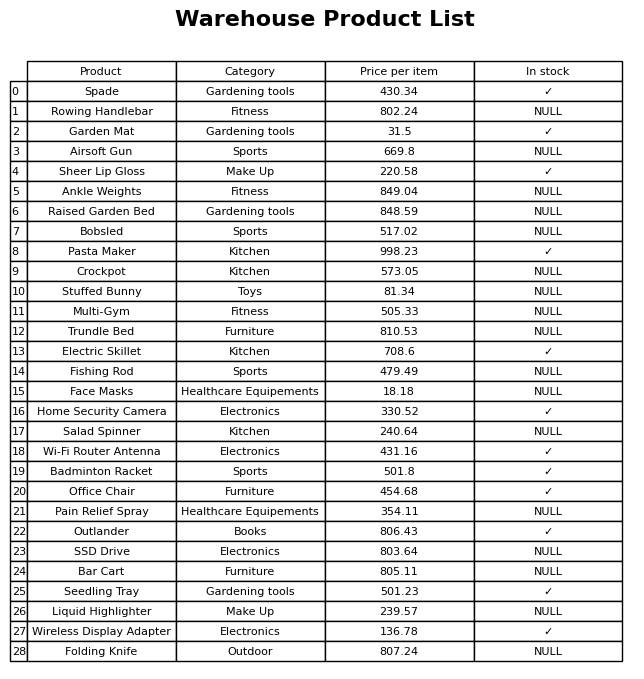
question: What is the price of the Wi-Fi Router Antenna?
answer: The price of Wi-Fi Router Antenna is 431.16.